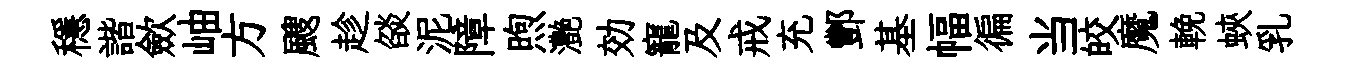
穩諧歛岫方颼趁燄泥障煦灔効寵及戒充酆基幅徧当皎魔輓蛺乳